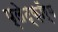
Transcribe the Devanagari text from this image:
प्लेट्फ़ॉर्म